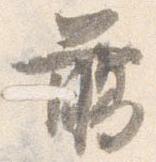
臈